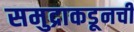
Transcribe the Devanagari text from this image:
समुद्राकडूनची